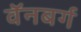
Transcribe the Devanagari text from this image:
वॅनबर्ग